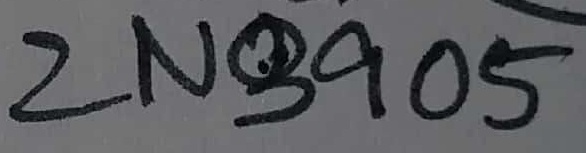
Text: 2N3905